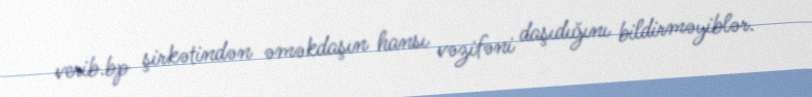
verib.bp şirkətindən əməkdaşın hansı vəzifəni daşıdığını bildirməyiblər.